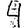
Digit: 4